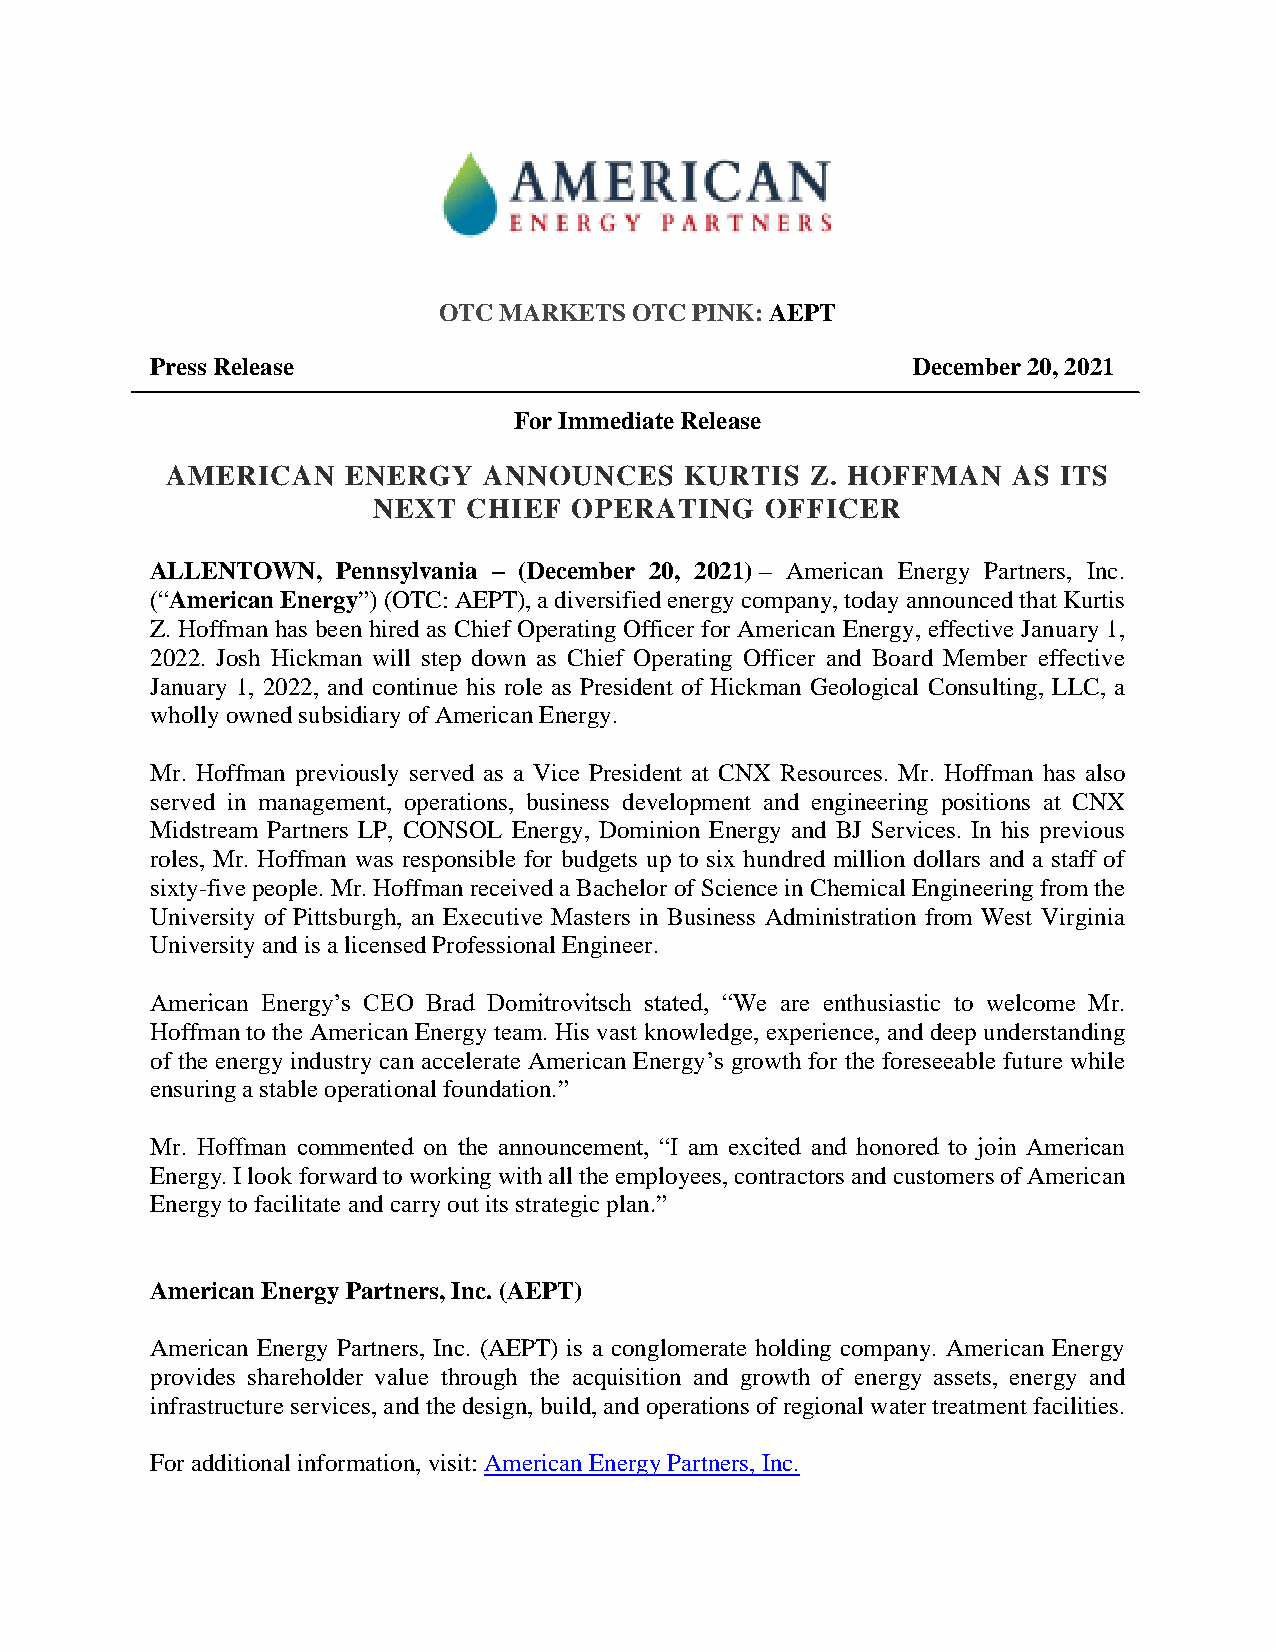
OTC MARKETS  OTC PINK: AEPT
 Press Release                                     December 20, 2021
 For Immediate Release
 AMERICAN    ENERGY   ANNOUNCES    KURTIS   Z. HOFFMAN   AS ITS
 NEXT  CHIEF  OPERATING    OFFICER
 ALLENTOWN,  Pennsylvania – (December 20, 2021) – American Energy Partners, Inc.
 (“American Energy”) (OTC: AEPT), a diversified energy company, today announced that Kurtis
 Z. Hoffman has been hired as Chief Operating Officer for American Energy, effective January 1,
 2022. Josh Hickman will step down as Chief Operating Officer and Board Member effective
 January 1, 2022, and continue his role as President of Hickman Geological Consulting, LLC, a
 wholly owned subsidiary of American Energy.
 Mr. Hoffman previously served as a Vice President at CNX Resources. Mr. Hoffman has also
 served in management, operations, business development and engineering positions at CNX
 Midstream Partners LP, CONSOL Energy, Dominion Energy and BJ Services. In his previous
 roles, Mr. Hoffman was responsible for budgets up to six hundred million dollars and a staff of
 sixty-five people. Mr. Hoffman received a Bachelor of Science in Chemical Engineering from the
 University of Pittsburgh, an Executive Masters in Business Administration from West Virginia
 University and is a licensed Professional Engineer.
 American Energy’s CEO Brad Domitrovitsch stated, “We are enthusiastic to welcome Mr.
 Hoffman to the American Energy team. His vast knowledge, experience, and deep understanding
 of the energy industry can accelerate American Energy’s growth for the foreseeable future while
 ensuring a stable operational foundation.”
 Mr. Hoffman commented on the announcement, “I am excited and honored to join American
 Energy. I look forward to working with all the employees, contractors and customers of American
 Energy to facilitate and carry out its strategic plan.”
 American Energy Partners, Inc. (AEPT)
 American Energy Partners, Inc. (AEPT) is a conglomerate holding company. American Energy
 provides shareholder value through the acquisition and growth of energy assets, energy and
 infrastructure services, and the design, build, and operations of regional water treatment facilities.
 For additional information, visit: American Energy Partners, Inc.